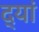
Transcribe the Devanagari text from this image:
द्यां